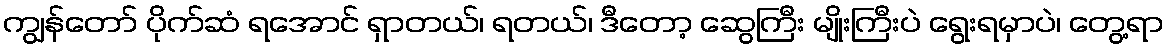
ကျွန်တော် ပိုက်ဆံ ရအောင် ရှာတယ်၊ ရတယ်၊ ဒီတော့ ဆွေကြီး မျိုးကြီးပဲ ရွေးရမှာပဲ၊ တွေ့ရာ